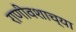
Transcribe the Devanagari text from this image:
राणीवशाच्या